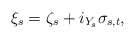
\begin{align*}\xi_{s} = \zeta_{s} + i_{Y_{s}}\sigma_{s,t},\end{align*}